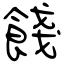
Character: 餞